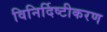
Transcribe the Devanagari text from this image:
विनिर्दिष्टीकरण